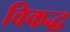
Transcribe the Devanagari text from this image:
विकद्ध